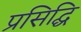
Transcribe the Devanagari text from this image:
प्रसिद्घि